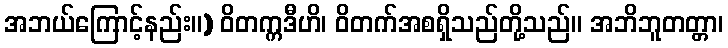
အဘယ်ကြောင့်နည်း။) ဝိတက္ကဒီဟိ၊ ဝိတက်အစရှိသည်တို့သည်။ အဘိဘူတတ္တာ၊